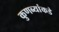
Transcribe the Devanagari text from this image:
कुणब्यांकडे